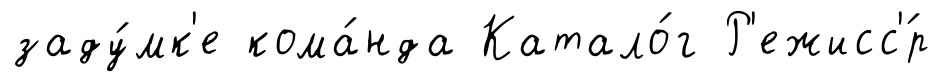
заду́мк'е кома́нда Катало́г Р'ежисс'́р